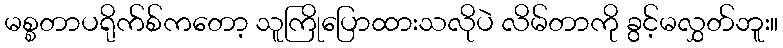
မစ္စတာပရိုက်စ်ကတော့ သူကြိုပြောထားသလိုပဲ လိမ်တာကို ခွင့်မလွှတ်ဘူး။